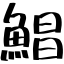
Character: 鯧